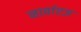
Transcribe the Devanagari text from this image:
नार्वाएज़